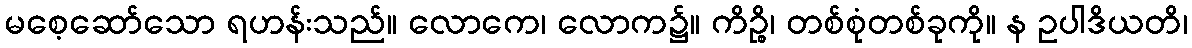
မစေ့ဆော်သော ရဟန်းသည်။ လောကေ၊ လောက၌။ ကိဉ္စိ၊ တစ်စုံတစ်ခုကို။ န ဥပါဒိယတိ၊